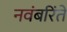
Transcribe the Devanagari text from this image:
नवंबरिंते